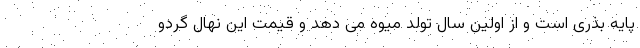
پایه بذری است و از اولین سال تولد میوه می دهد و قیمت این نهال گردو